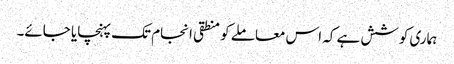
ہماری کوشش ہے کہ اس معاملے کو منطقی انجام تک پہنچایا جائے۔